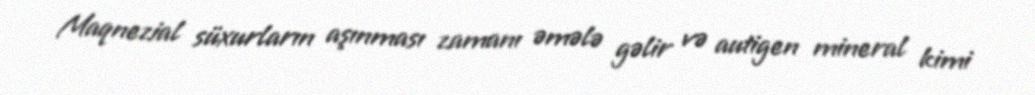
Maqnezial süxurların aşınması zamanı əmələ gəlir və autigen mineral kimi